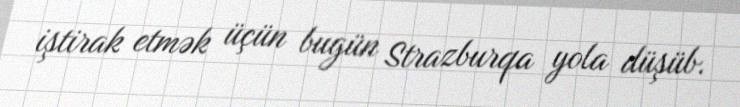
iştirak etmək üçün bugün Strazburqa yola düşüb.